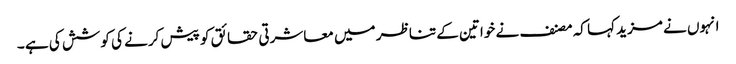
انہوں نے مزید کہا کہ مصنف نے خواتین کے تناظر میں معاشرتی حقائق کو پیش کرنے کی کوشش کی ہے ۔